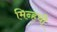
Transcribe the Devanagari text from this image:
मिन्हची